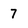
Character: 7